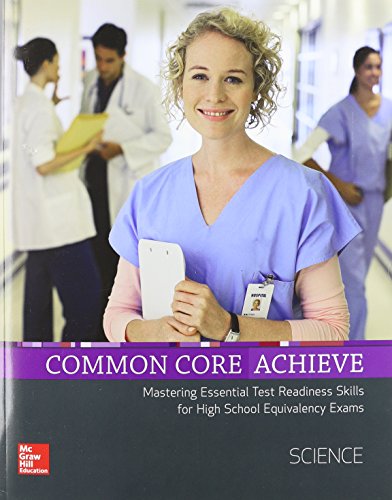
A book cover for Common Core Achieve, Science Subject Module (CCSS FOR ADULT ED); Contemporary; Education & Teaching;